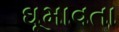
ઘૂમાવતા